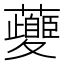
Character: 𱿇